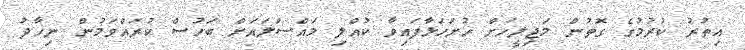
އިތުރު ކުރުމުގެ ގޮތުން މަޖިލީހަށް ހުށަހަޅާފައިވާ ކުއްލި މައްސަލައަށް ބަހުސް ކުރައްވަމުން ނިހާދު